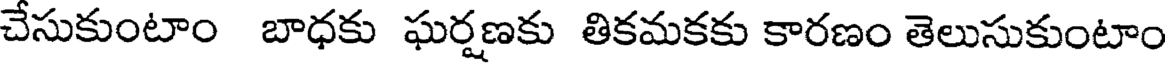
చేసుకుంటాం బాధకు ఘర్షణకు తికమకకు కారణం తెలుసుకుంటాం